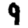
Digit: 9